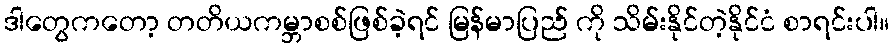
ဒါတွေကတော့ တတိယကမ္ဘာစစ်ဖြစ်ခဲ့ရင် မြန်မာပြည် ကို သိမ်းနိုင်တဲ့နိုင်ငံ စာရင်းပါ။